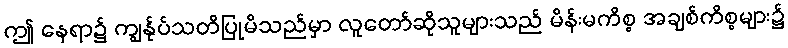
ဤ နေရာ၌ ကျွန်ုပ်သတိပြုမိသည်မှာ လူတော်ဆိုသူများသည် မိန်းမကိစ္စ အချစ်ကိစ္စများ၌